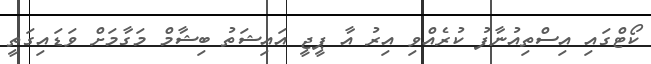
ކޯޓްގައި އިސްތިއުނާފު ކުރެއްވި އިރު އާ ޕީޖީ އައިޝަތު ބިޝާމް މަގާމަށް ވަޑައިގަތީ